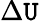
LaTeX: \Delta\mathtt{U}